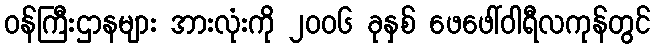
ဝန်ကြီးဌာနများ အားလုံးကို ၂၀၀၆ ခုနှစ် ဖေဖေါ်ဝါရီလကုန်တွင်